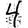
Digit: 4